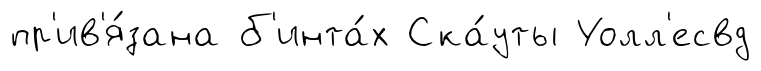
пр'ив'я́зана б'инта́х Ска́уты Уолл'есвд